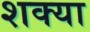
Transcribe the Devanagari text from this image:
शक्या